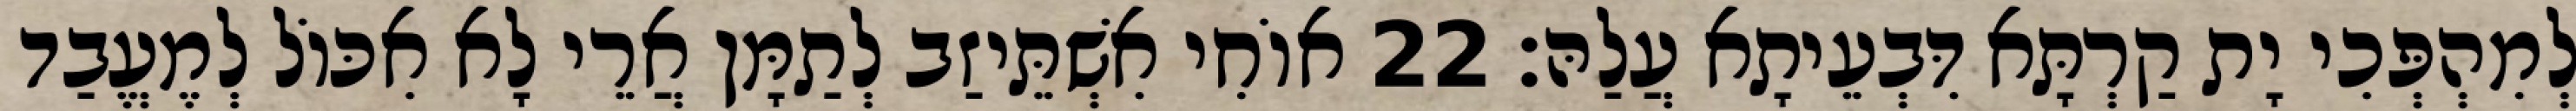
לְמִהְפְּכִי יָת קַרְתָּא דִּבְעֵיתָא עֲלַהּ׃ 22 אוֹחִי אִשְׁתֵּיזַב לְתַמָּן אֲרֵי לָא אִכּוֹל לְמֶעֱבַד